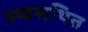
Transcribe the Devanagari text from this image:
व्य्वसथित